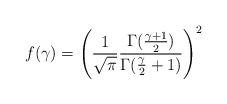
LaTeX: \begin{align*}f(\gamma )=\left(\frac{1}{\sqrt{\pi}}\frac{\Gamma (\frac{\gamma +1}{2})}{\Gamma (\frac{\gamma}{2}+1)}\right)^2\end{align*}